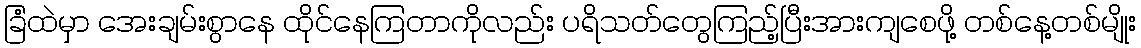
ခြံထဲမှာ အေးချမ်းစွာနေ ထိုင်နေကြတာကိုလည်း ပရိသတ်တွေကြည့်ပြီးအားကျစေဖို့ တစ်နေ့တစ်မျိုး